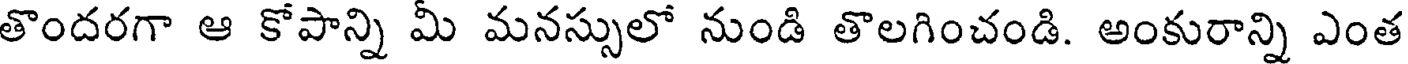
తొందరగా ఆ కోపాన్ని మీ మనస్సులో నుండి తొలగించండి. అంకురాన్ని ఎంత